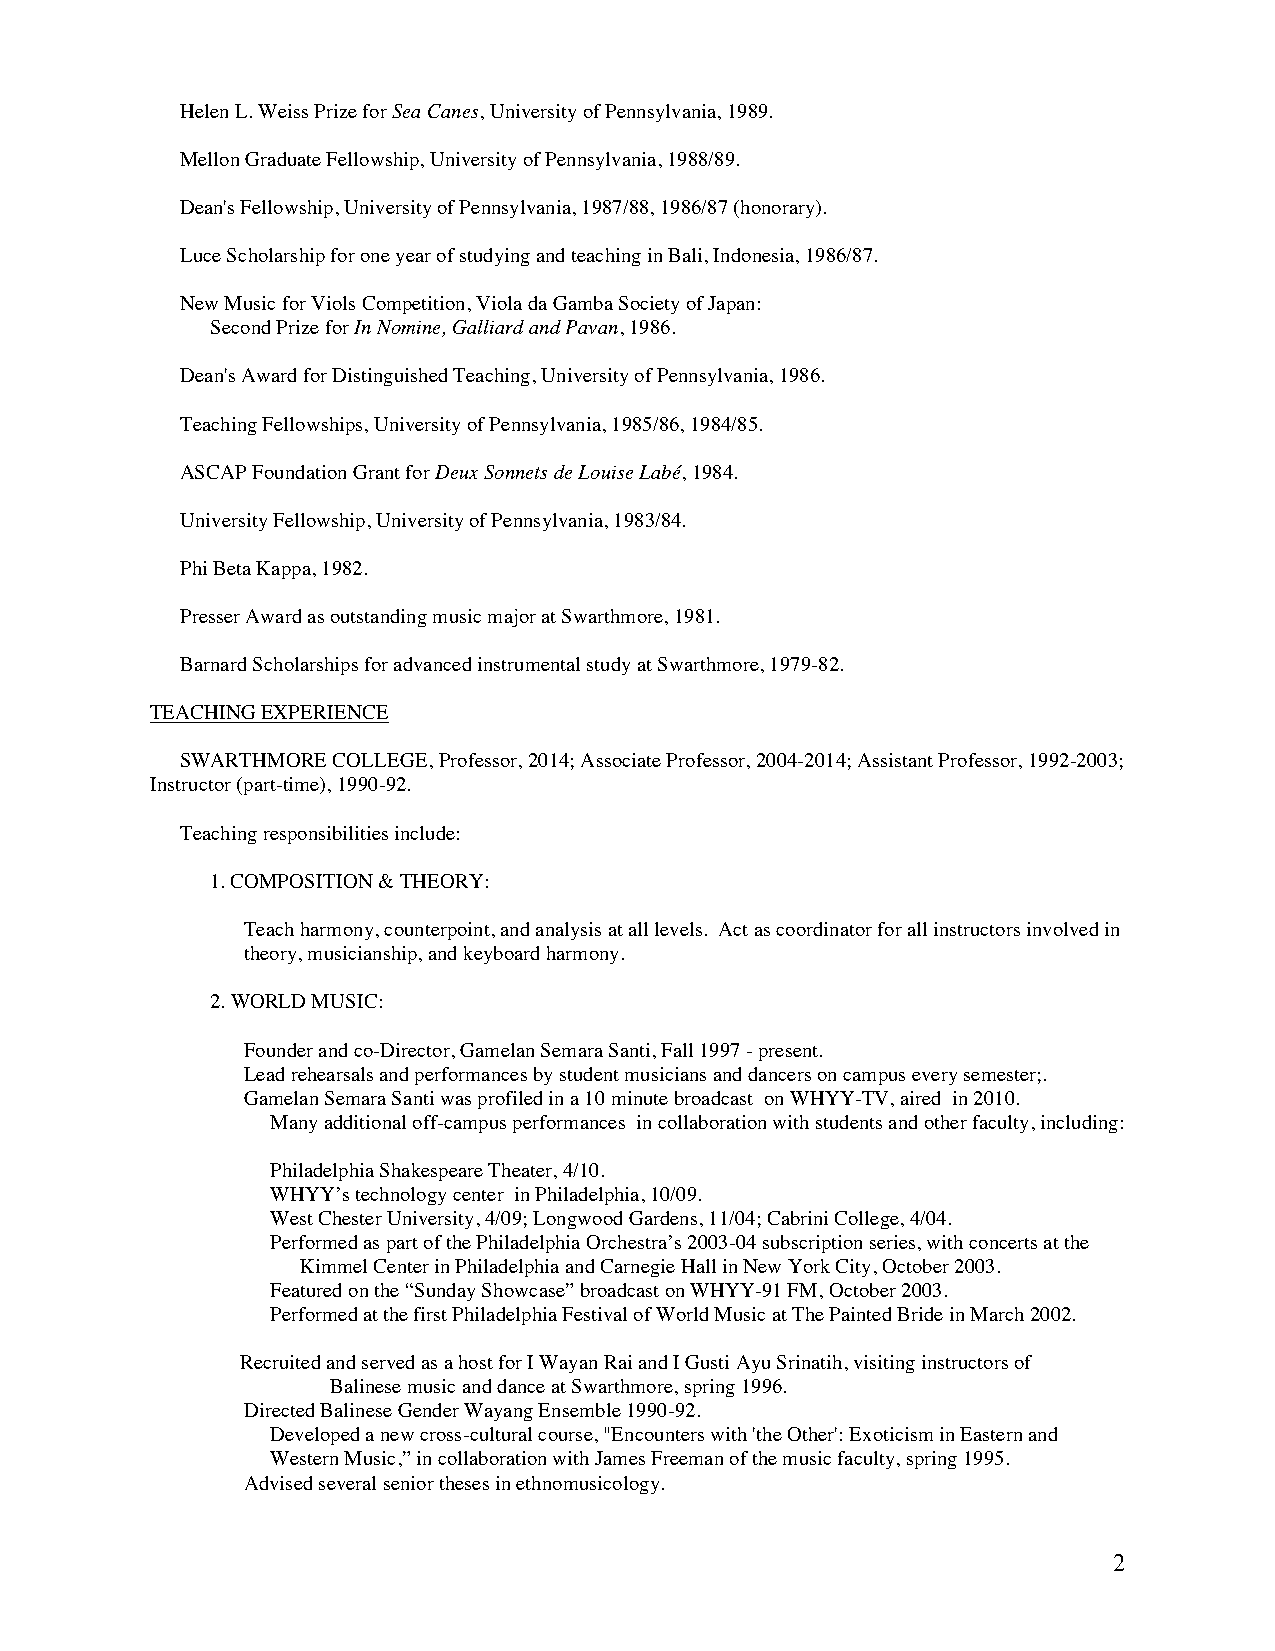
Helen L. Weiss Prize for Sea Canes, University of Pennsylvania, 1989.
 Mellon Graduate Fellowship, University of Pennsylvania, 1988/89.
 Dean's Fellowship, University of Pennsylvania, 1987/88, 1986/87 (honorary).
 Luce Scholarship for one year of studying and teaching in Bali, Indonesia, 1986/87.
 New Music for Viols Competition, Viola da Gamba Society of Japan:
 Second Prize for In Nomine, Galliard and Pavan, 1986.
 Dean's Award for Distinguished Teaching, University of Pennsylvania, 1986.
 Teaching Fellowships, University of Pennsylvania, 1985/86, 1984/85.
 ASCAP Foundation Grant for Deux Sonnets de Louise Labé, 1984.
 University Fellowship, University of Pennsylvania, 1983/84.
 Phi Beta Kappa, 1982.
 Presser Award as outstanding music major at Swarthmore, 1981.
 Barnard Scholarships for advanced instrumental study at Swarthmore, 1979-82.
 TEACHING EXPERIENCE
 SWARTHMORE COLLEGE, Professor, 2014; Associate Professor, 2004-2014; Assistant Professor, 1992-2003;
 Instructor (part-time), 1990-92.
 Teaching responsibilities include:
 1. COMPOSITION & THEORY:
 Teach harmony, counterpoint, and analysis at all levels. Act as coordinator for all instructors involved in
 theory, musicianship, and keyboard harmony.
 2. WORLD MUSIC:
 Founder and co-Director, Gamelan Semara Santi, Fall 1997 - present.
 Lead rehearsals and performances by student musicians and dancers on campus every semester;.
 Gamelan Semara Santi was profiled in a 10 minute broadcast on WHYY-TV, aired in 2010.
 Many additional off-campus performances in collaboration with students and other faculty, including:
 Philadelphia Shakespeare Theater, 4/10.
 WHYY’s technology center in Philadelphia, 10/09.
 West Chester University, 4/09; Longwood Gardens, 11/04; Cabrini College, 4/04.
 Performed as part of the Philadelphia Orchestra’s 2003-04 subscription series, with concerts at the
 Kimmel Center in Philadelphia and Carnegie Hall in New York City, October 2003.
 Featured on the “Sunday Showcase” broadcast on WHYY-91 FM, October 2003.
 Performed at the first Philadelphia Festival of World Music at The Painted Bride in March 2002.
 Recruited and served as a host for I Wayan Rai and I Gusti Ayu Srinatih, visiting instructors of
 Balinese music and dance at Swarthmore, spring 1996.
 Directed Balinese Gender Wayang Ensemble 1990-92.
 Developed a new cross-cultural course, "Encounters with 'the Other': Exoticism in Eastern and
 Western Music,” in collaboration with James Freeman of the music faculty, spring 1995.
 Advised several senior theses in ethnomusicology.
 2